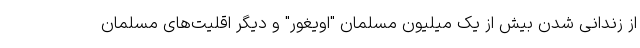
از زندانی شدن بیش از یک میلیون مسلمان "اویغور" و دیگر اقلیت‌های مسلمان